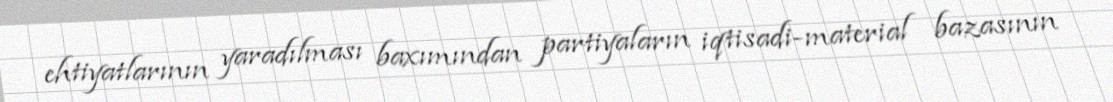
ehtiyatlarının yaradılması baxımından partiyaların iqtisadi-material bazasının